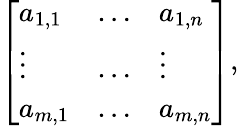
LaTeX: {\left[\begin{array}{lll}{a_{1,1}}&{\ldots}&{a_{1,n}}\\ {\vdots}&{\ldots}&{\vdots}\\ {a_{m,1}}&{\ldots}&{a_{m,n}}\end{array}\right]},